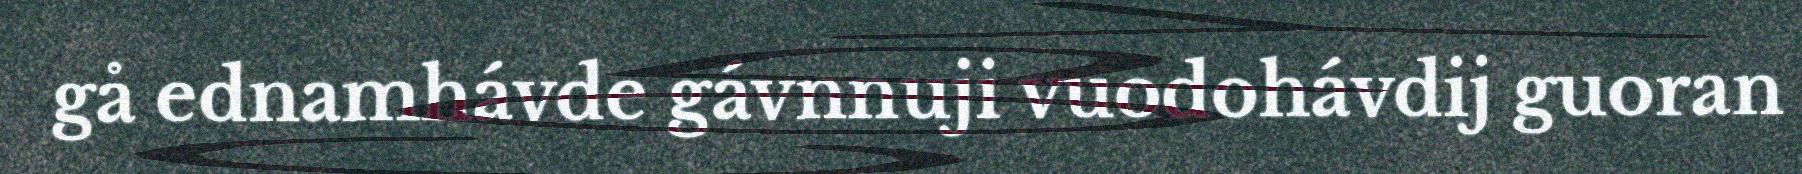
gå ednamhávde gávnnuji vuodohávdij guoran